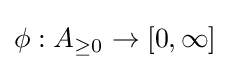
\phi :A_{\geq 0}\to [0,\infty ]